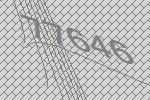
77646